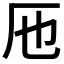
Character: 𠨱